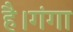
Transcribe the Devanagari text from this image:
है।गंगा